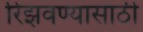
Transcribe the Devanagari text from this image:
रिझवण्यासाठी